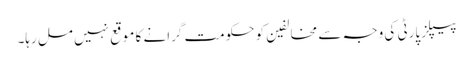
پیپلز پارٹی کی وجہ سے مخالفین کو حکومت گرانے کا موقع نہیں مل رہا۔